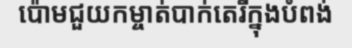
ប៉ោមជួយកម្ចាត់បាក់តេរីក្នុងបំពង់